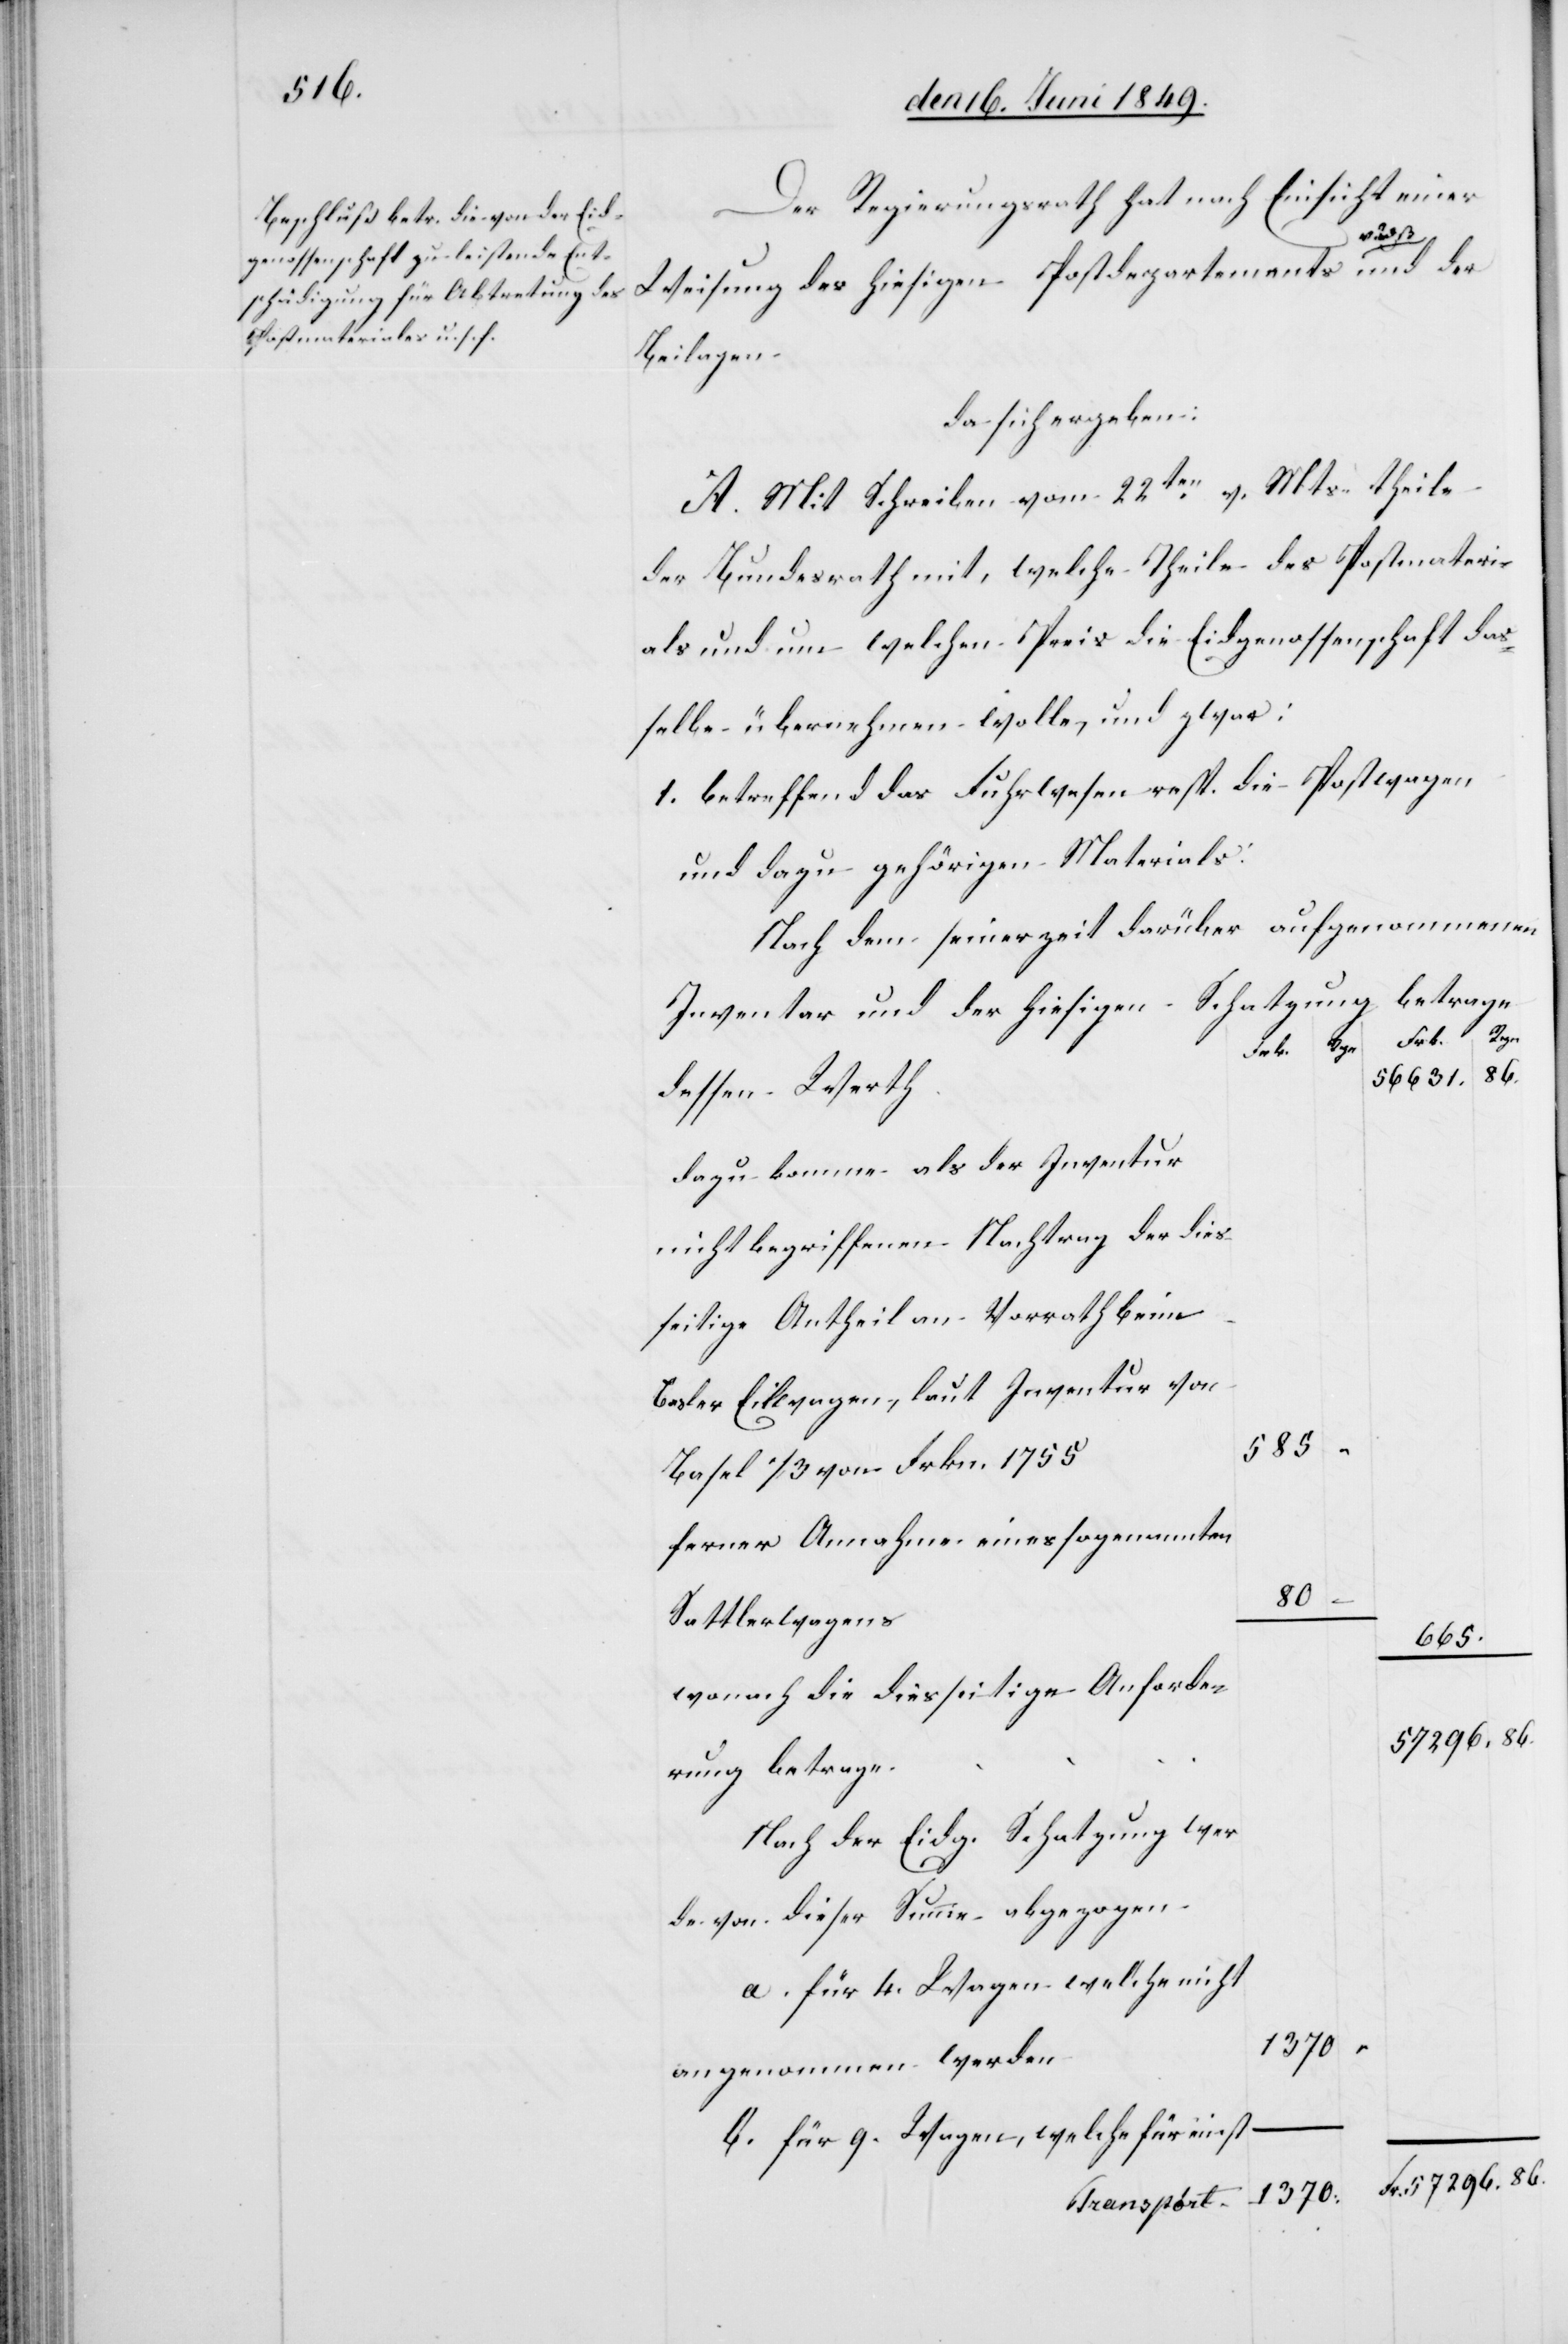
Der Regierungsrath hat nach Einsicht einer
Summe
Weisung des hiesigen Postdepartements und der
Beilagen.
da sich ergeben:
A. Mit Schreiben vom 22ten v. Mts. theile
der Bundesrath mit, welche Theile des Postmateri¬
als und um welchen Preis die Eidgenossenschaft das¬
selbe übernehmen wolle, und zwar:
1. betreffend das Fuhrwesen resp. die Postwagen
und dazu gehörigen Materials:
Nach dem seinerzeit darüber aufgenommenen
Inventar und der hiesigen Schatzung betrage
beim
56 631.	86.
dazu kommen als der Inventur
seitige Antheil an Vorrath
Basler Eilwagen, laut Inventur von
s	80	–
Basel 1/3 von Frkn. 1
ferner Annahme eines sogenannten
Sattlerwagen¬
665.
wonach die diesseitige Anforde¬
Nach der Eidg. Schatzung wer¬
a. für 4. Wagen welche nicht
angenommen werden	1
b. für 9. Wagen, welche für